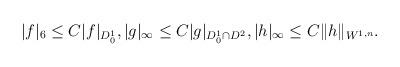
LaTeX: \begin{align*}|f|_6\leq C|f|_{D^1_0},|g|_{\infty}\leq C|g|_{D^1_0\cap D^2}, |h|_{\infty}\leq C\|h\|_{W^{1,n}}.\end{align*}